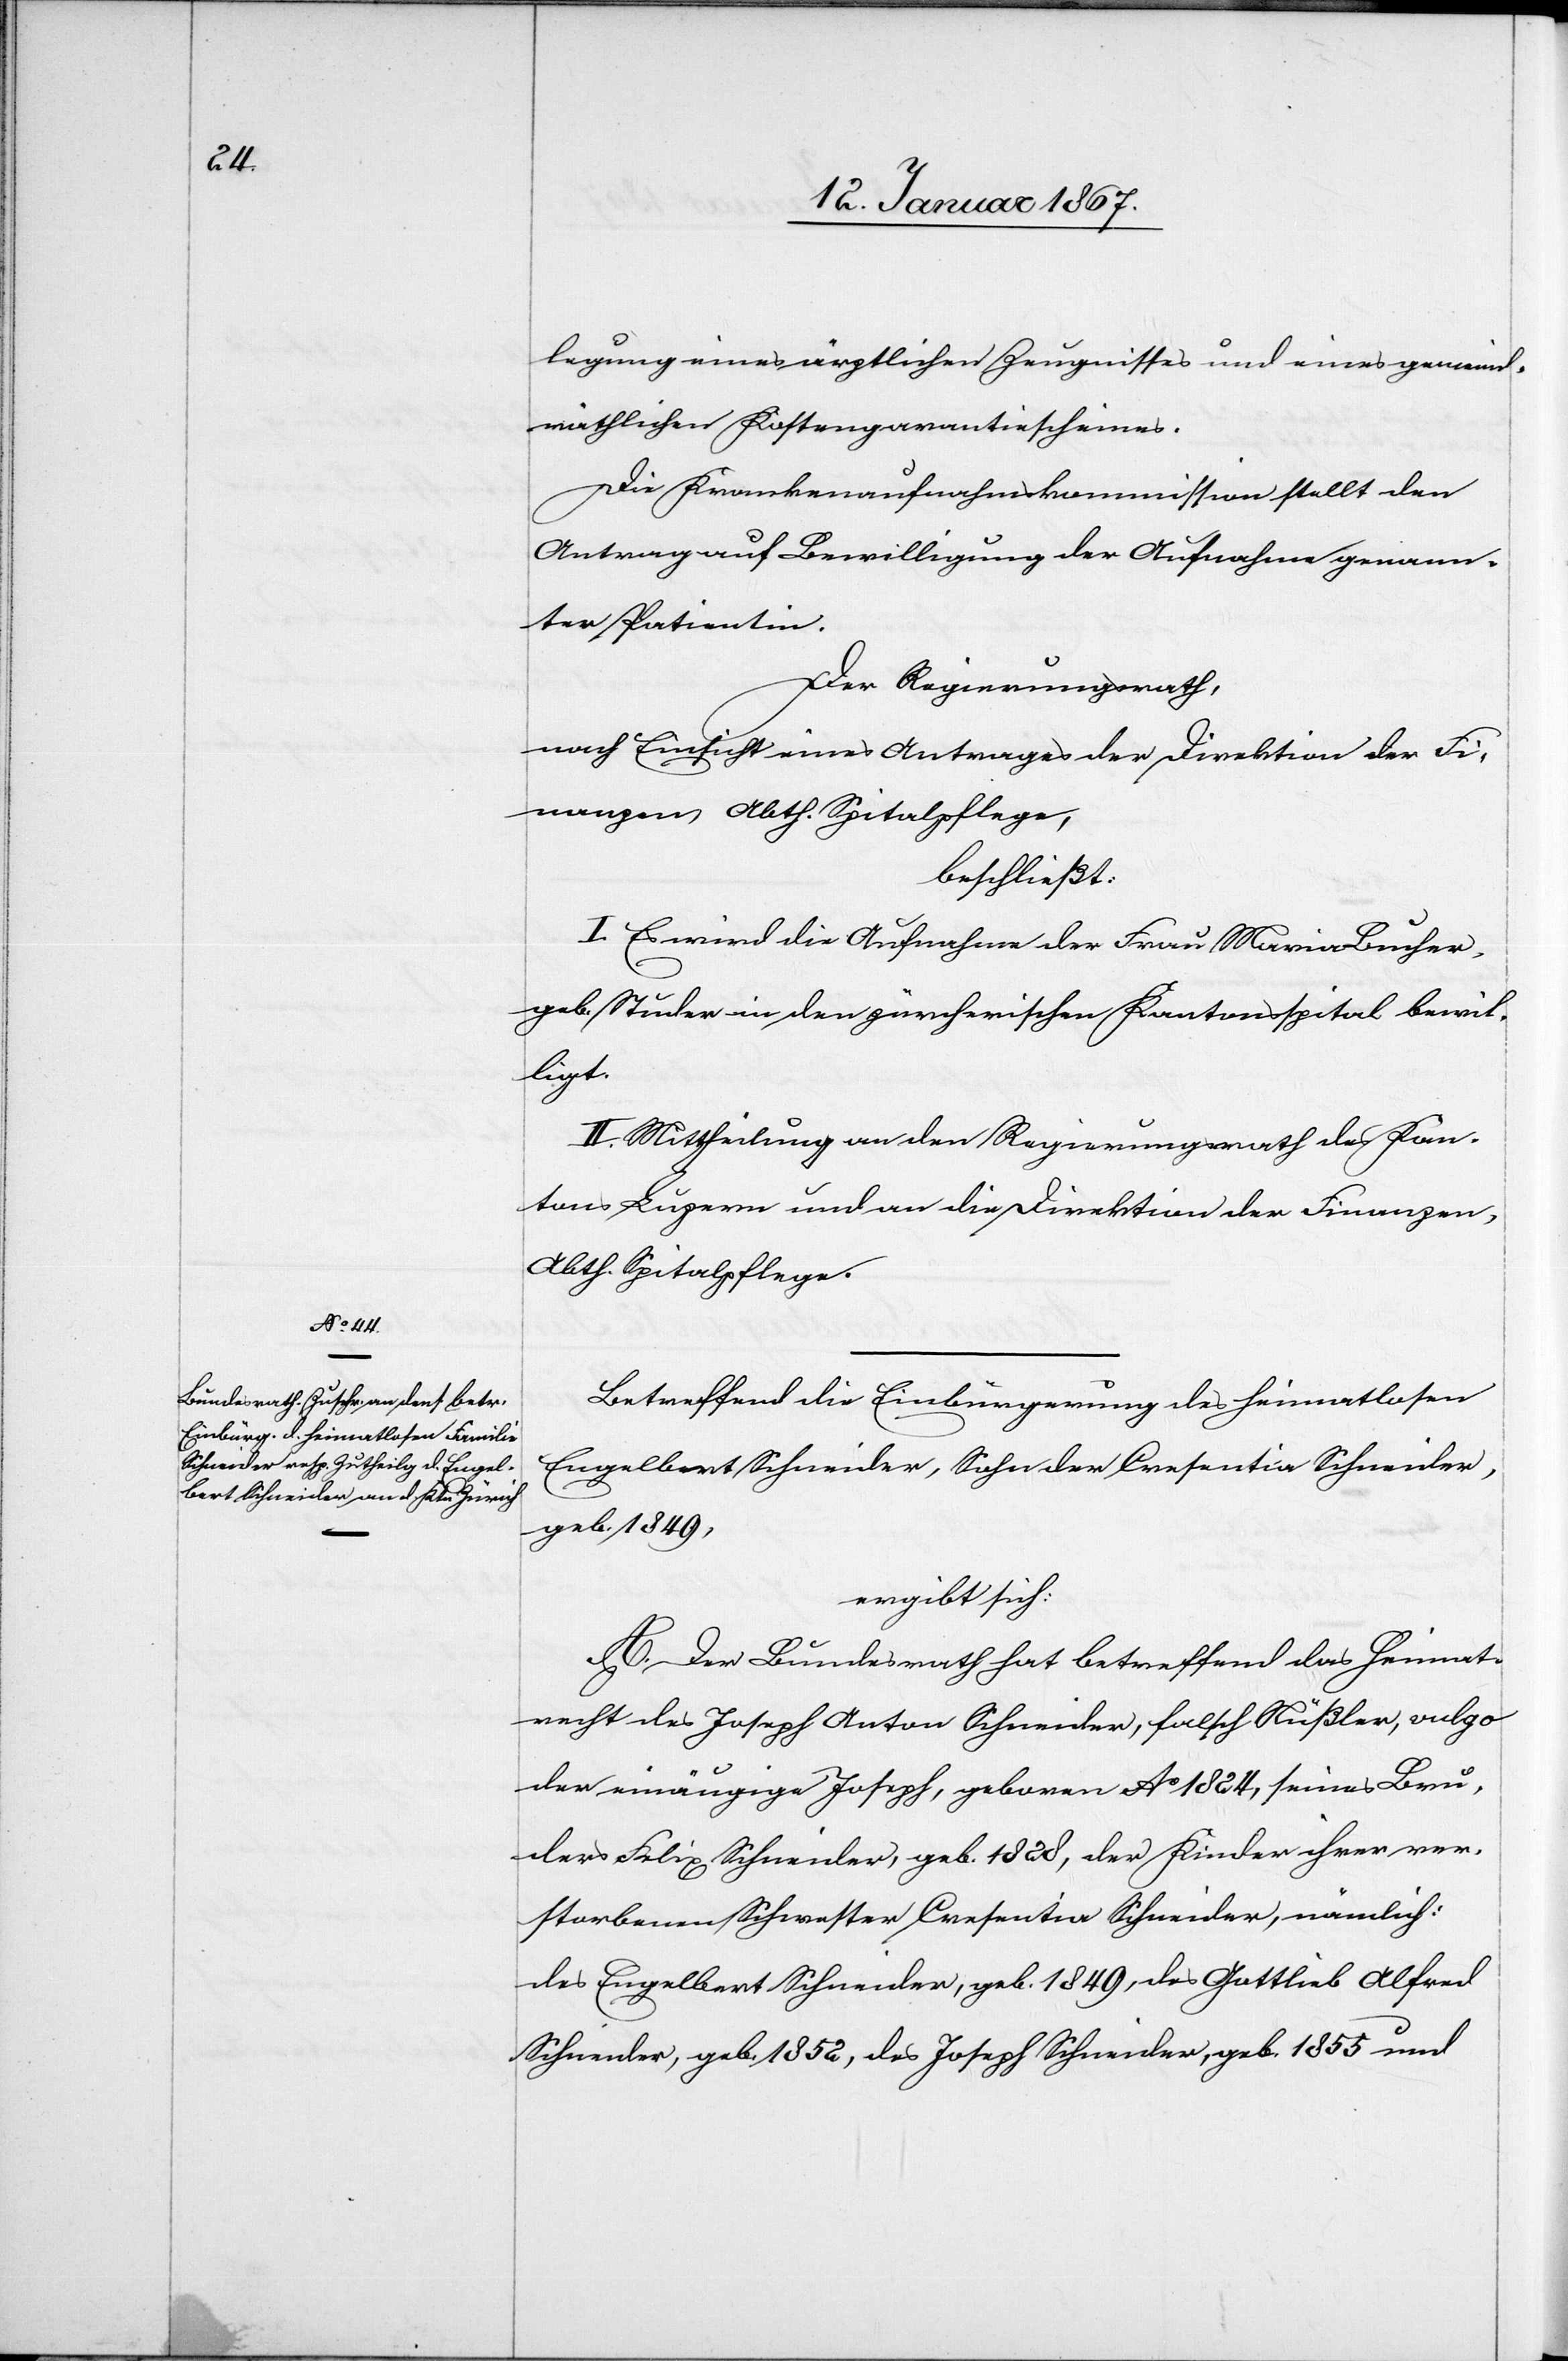
legung eines ärztlichen Zeugnisses und eines gemeind¬
räthlichen Kostengarantiescheines.
Die Krankenaufnahmskommission stellt den
Antrag auf Bewilligung der Aufnahme genann¬
ter Patientin.
Der Regierungsrath,
nach Einsicht eines Antrages der Direktion der Fi¬
nanzen, Abth. Spitalpflege,
beschließt:
I. Es wird die Aufnahme der Frau Maria Bucher,
geb. Studer in den zürcherischen Kantonsspital bewil¬
ligt.
II. Mittheilung an den Regierungsrath des Kan¬
tons Luzern und an die Direktion der Finanzen,
Abth. Spitalpflege.
Betreffend die Einbürgerung des heimatlosen
Engelbert Schneider, Sohn der Cresentia Schneider,
geb. 1849,
ergibt sich:
A. Der Bundesrath hat betreffend das Heimat¬
recht des Joseph Anton Schneider, falsch Nüßler, vulgo
der einäugige Joseph, geboren Ao 1824, seines Bru¬
ders Felix Schneider, geb. 1828, der Kinder ihrer ver¬
storbenen Schwester Cresentia Schneider, nämlich:
des Engelbert Schneider, geb. 1849, des Gottlieb Alfred
Schneider, geb 1852, des Joseph Schneider, geb 1855 und